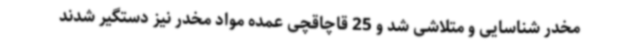
مخدر شناسایی و متلاشی شد و 25 قاچاقچی عمده مواد مخدر نیز دستگیر شدند